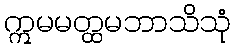
ဣမမတ္ထမဘာသိသုံ